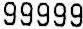
99999